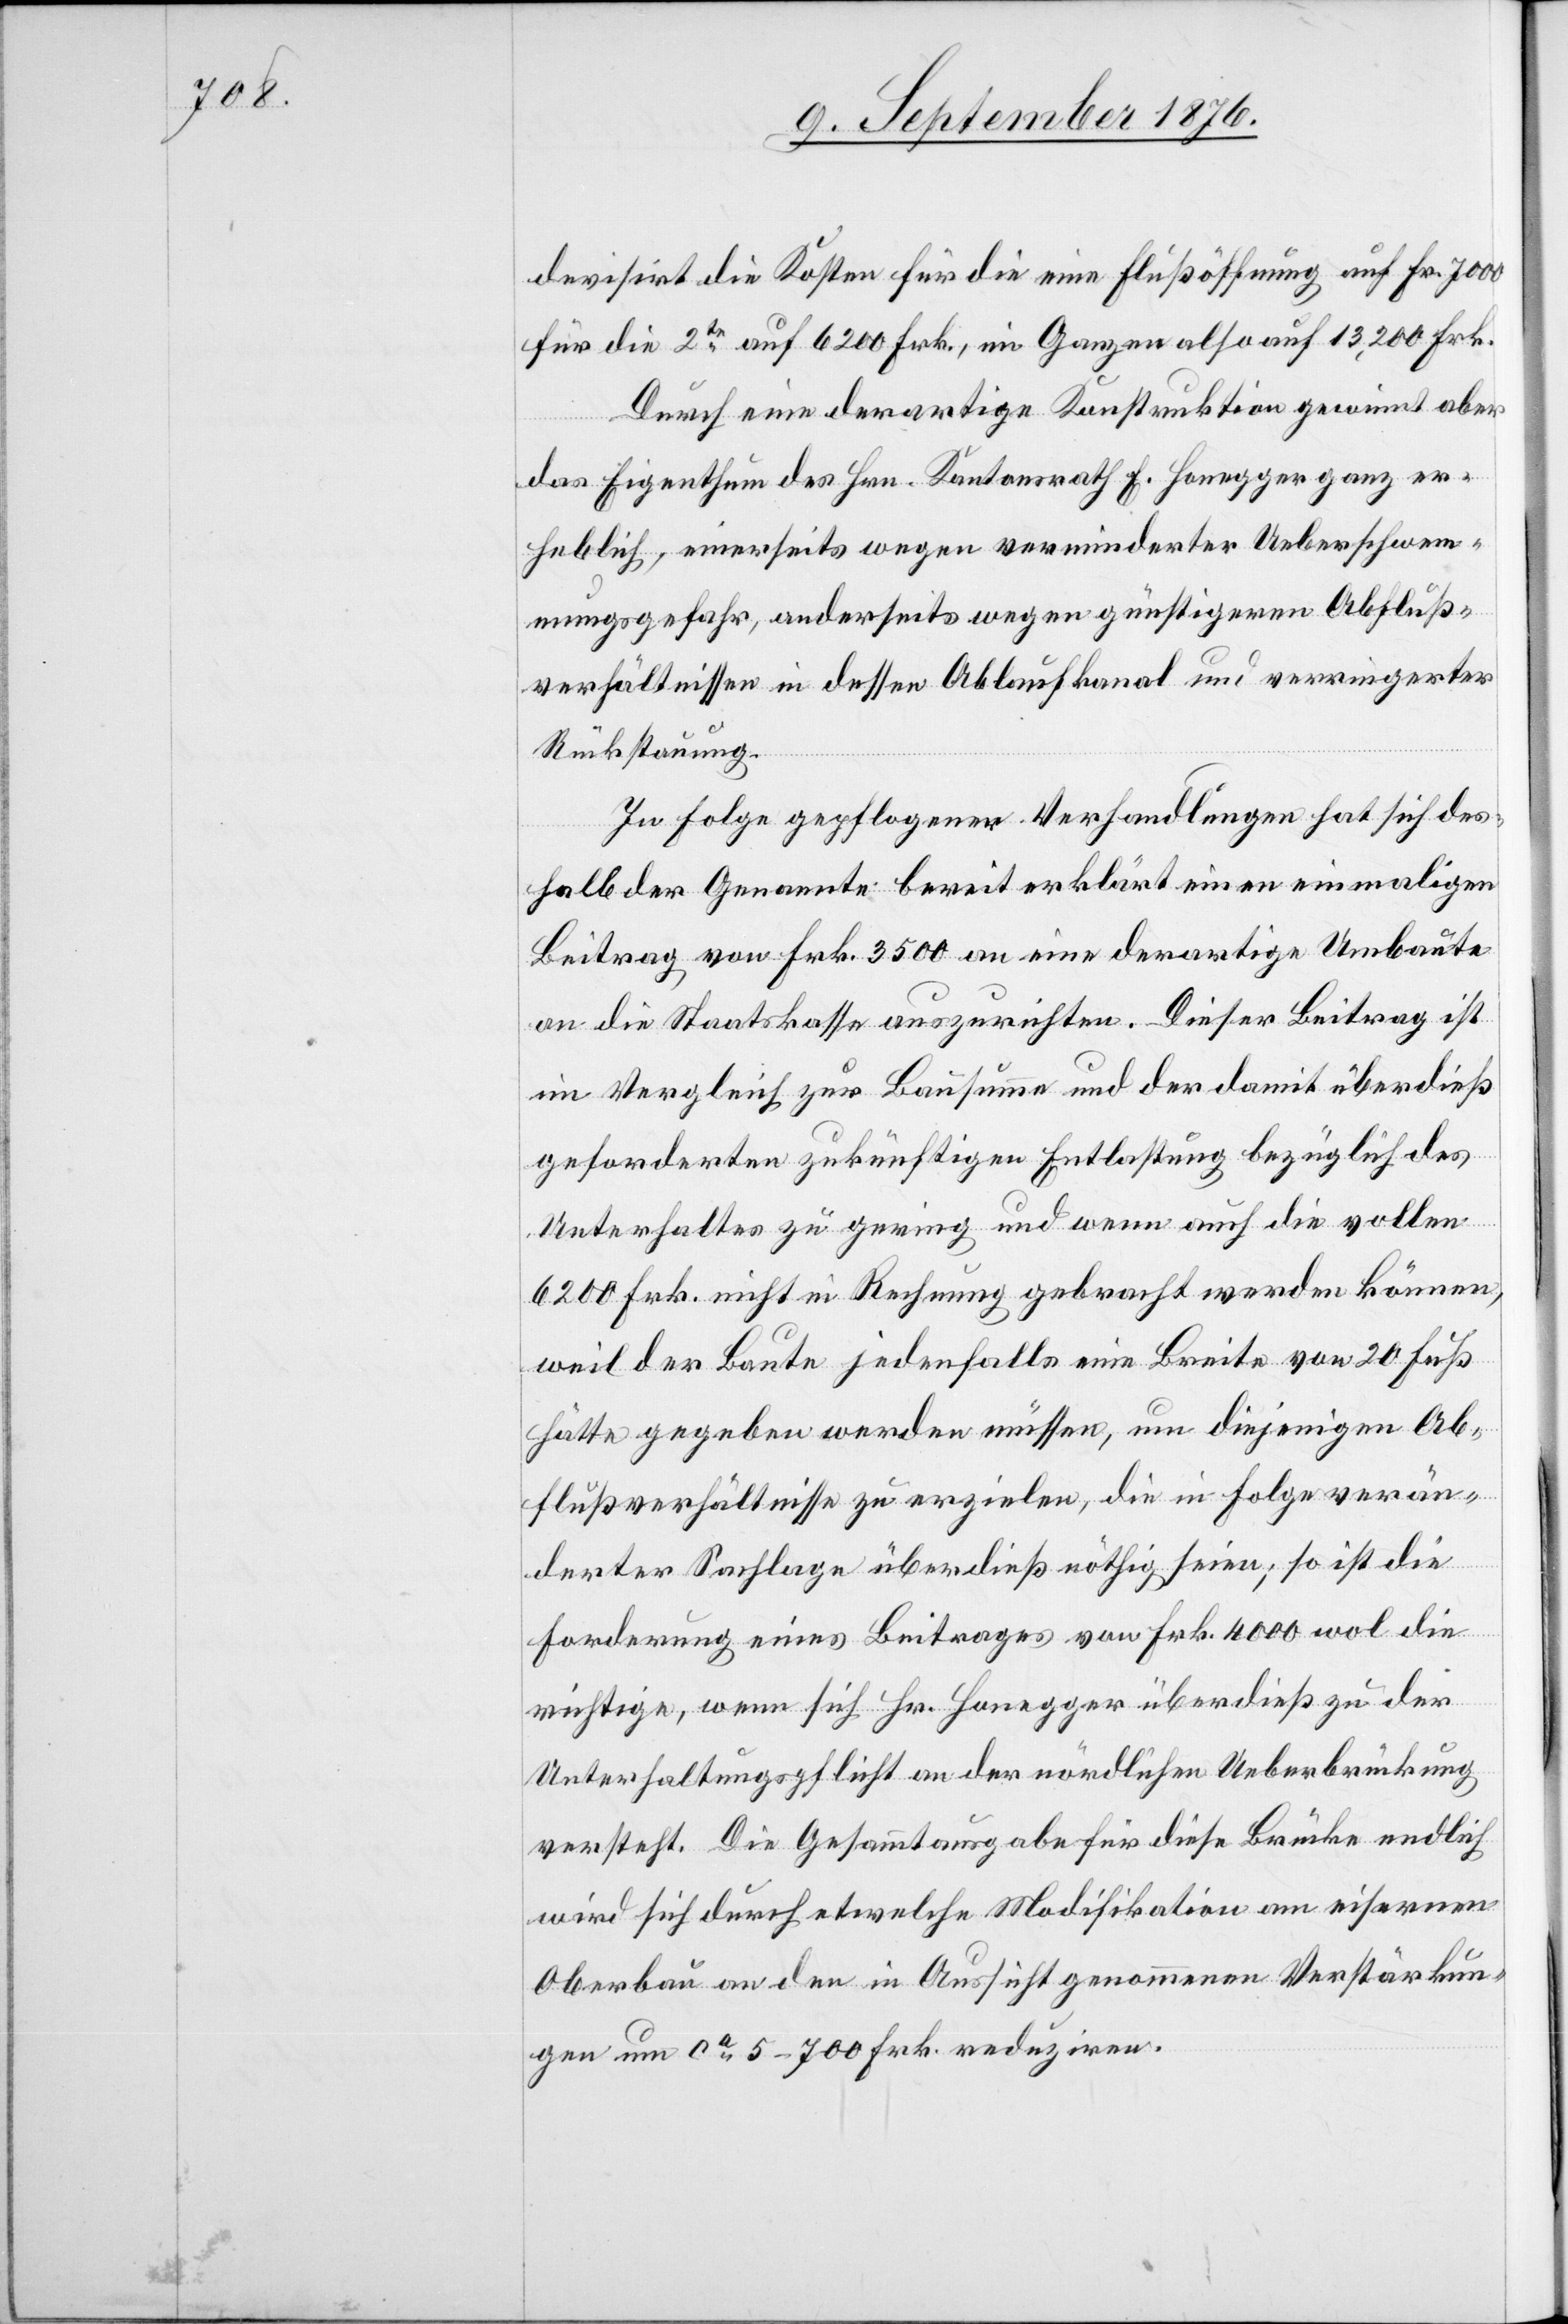
devisirt die Kosten für die eine Flußöffnung auf Fr. 7000
für die 2te auf 6200 Frk., im Ganzen auf 13,200 Frk.
Durch eine derartige Konstruktion gewinnt aber
das Eigenthum des Hrn. Kantonsrath E. Honegger ganz er¬
heblich, einerseits wegen verminderter Ueberschwem¬
mungsgefahr, anderseits wegen günstigeren Abfluß¬
verhältnissen in dessen Ablaufkanal und verringerter
Rückstauung.
In Folge gepflogener Verhandlungen hat sich des¬
halb der Genannte bereit erklärt einen einmaligen
Beitrag von Frk. 3500 an eine derartige Umbaute
an die Staatskasse auszurichten. Dieser Beitrag ist
im Vergleich zur Bausumme und der damit überdieß
geforderten zukünftigen Entlastung bezüglich des
Unterhaltes zu gering und wenn auch die vollen
6200 Frk. nicht in Rechnung gebracht werden können,
weil der Baute jedenfalls eine Breite von 20 Fuß
hätte gegeben werden müssen, um diejenigen Ab¬
flußverhältnisse zu erzielen, die in Folge verän¬
derter Sachlage überdieß nöthig seien, so ist die
Forderung eines Beitrages von Frk. 4000 wol die
richtige, wenn sich Hr. Honegger überdieß zu der
Unterhaltungspflicht an der nördlichen Ueberbrückung
versteht. Die Gesammtausgabe für diese Brücke endlich
wird sich durch etwelche Modifikation am eiserenen
Oberbau an den in Aussicht genommenen Verstärkun¬
gen um ca 5–700 Frk. reduziren.